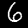
Digit: 6